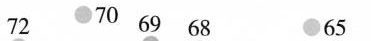
72 70 69 68 65